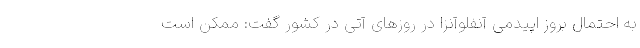
به احتمال بروز اپیدمی آنفلوآنزا در روزهای آتی در کشور گفت: ممکن است